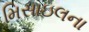
મિસાઇલના